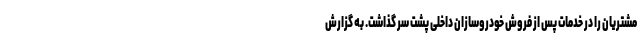
مشتریان را در خدمات پس از فروش خودروسازان داخلی پشت سر گذاشت. به گزارش